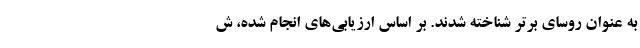
به عنوان روسای برتر شناخته شدند. بر اساس ارزیابی‌های انجام شده، ش